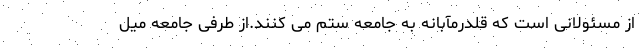
از مسئولانی است که قلدرمآبانه به جامعه ستم می کنند.از طرفی جامعه میل